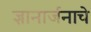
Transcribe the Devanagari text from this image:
ज्ञानार्जनाचे